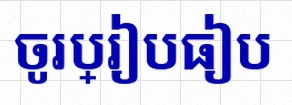
ចូរប្រៀបធៀប